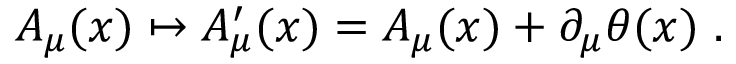
A _ { \mu } ( x ) \mapsto A _ { \mu } ^ { \prime } ( x ) = A _ { \mu } ( x ) + \partial _ { \mu } \theta ( x ) \ .